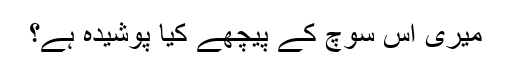
میری اس سوچ کے پیچھے کیا پوشیدہ ہے؟